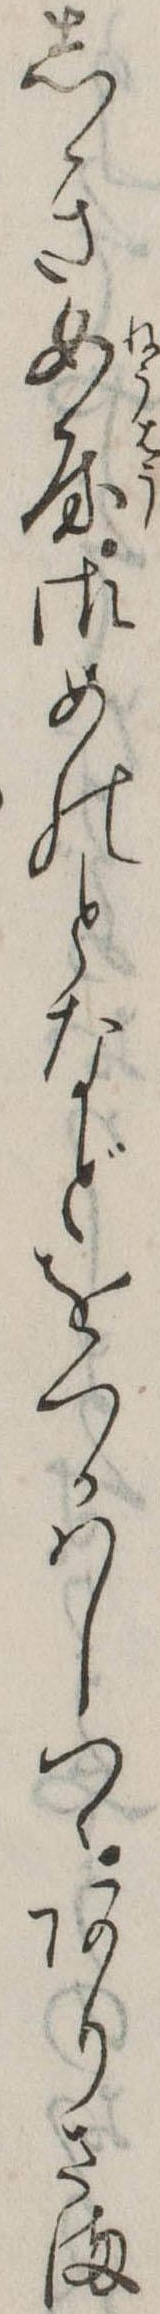
しき女房御めのとなどをつかはしつゝありさま